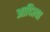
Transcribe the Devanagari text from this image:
आदित्या